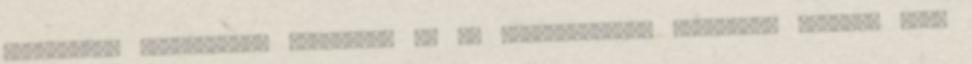
folyamatos járatásával árasztják el az elpárologtató egységet. Szintén nagy